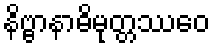
နိဗ္ဗာနာဓိမုတ္တဿေဝ